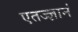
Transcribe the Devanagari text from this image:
एतज्ज्ञानं